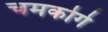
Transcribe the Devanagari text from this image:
चमकोगे